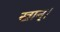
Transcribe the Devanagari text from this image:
खान्।